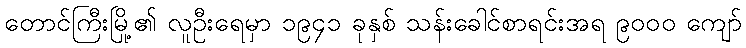
တောင်ကြီးမြို့၏ လူဦးရေမှာ ၁၉၄၁ ခုနှစ် သန်းခေါင်စာရင်းအရ ၉၀၀၀ ကျော်